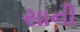
સાની